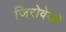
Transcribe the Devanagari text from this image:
जिरोवेकी